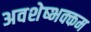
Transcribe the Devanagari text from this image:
अवशेष्भक्कम